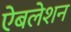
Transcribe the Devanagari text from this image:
ऐबलेशन